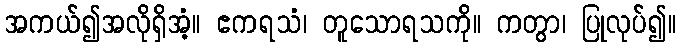
အကယ်၍အလိုရှိအံ့။ ဧကရသံ၊ တူသောရသကို။ ကတွာ၊ ပြုလုပ်၍။